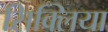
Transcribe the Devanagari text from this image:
सिक्लिया